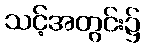
သင့်အတွင်း၌